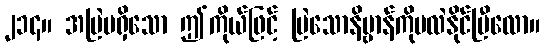
၂၁၄။ အမြဲမရှိသော ဤကိုယ်ဖြင့် မြဲသောနိဗ္ဗာန်ကိုမလဲနိုင်ပြီလော။